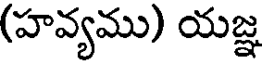
(హవ్యము) యజ్ఞ